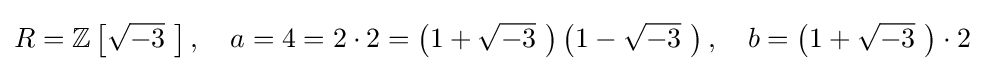
R=\mathbb {Z} \left[{\sqrt {-3}}\,\,\right],\quad a=4=2\cdot 2=\left(1+{\sqrt {-3}}\,\,\right)\left(1-{\sqrt {-3}}\,\,\right),\quad b=\left(1+{\sqrt {-3}}\,\,\right)\cdot 2